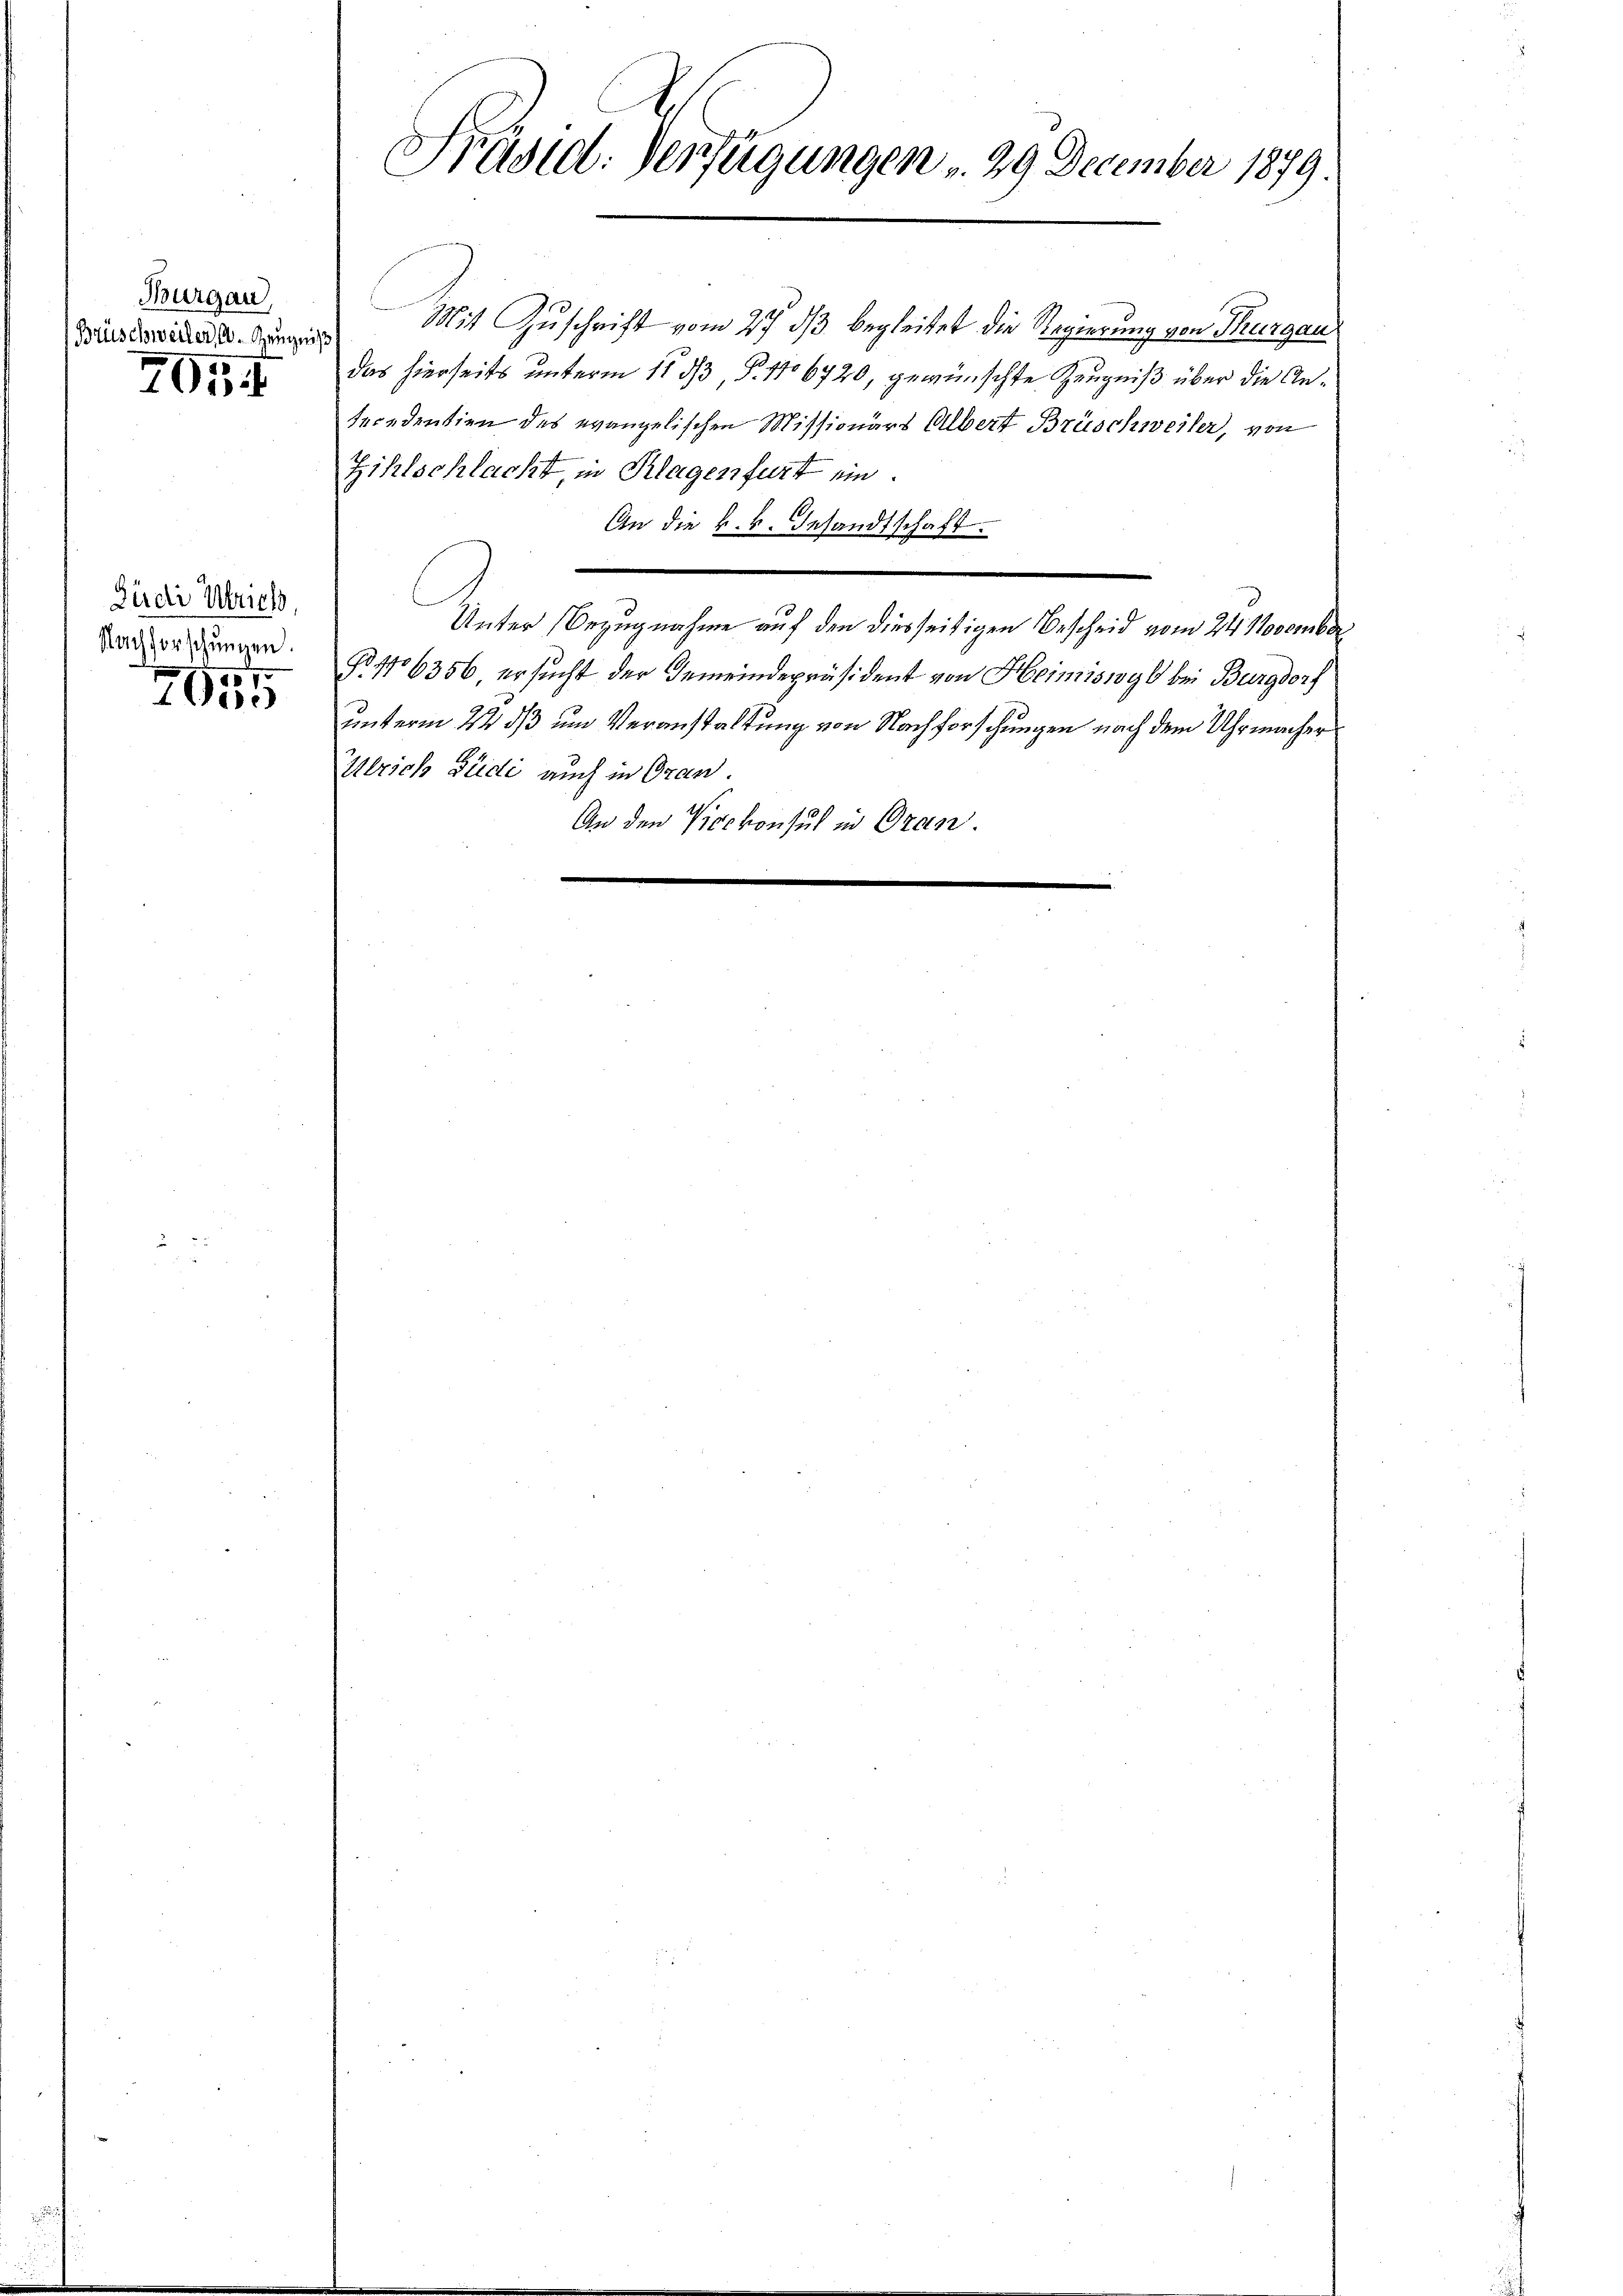
Thurgau,
Brüschweiler, A. Zeugnis
201

Büdi Ulrich
Nachforschungen.
57

7000

Präsid. Verfügungen . 29. December 1879.

Mit Zuschrift vom 27. ds begleitet die Regierung von Thurgau
das hierseits unterm 11. 33, P. 1706720, gewünschte Zeugniß über die Ansecedentien des evangelischen Missionärs Albert Brüschweiler, von
Zihlschlacht in Klagenfurt ein.
An die k. k. Gesandtschaft.
Unter Bezugnahme auf den diesseitigen Bescheid vom 24. November
No. 1706356, ersucht der Gemeindepräsident von Heimiswyl bei Burgdorf
unterm 22. ds um Veranstaltung von Nachforschungen nach dem Uhrmacher
Ulrich Südi auch in Oran.
.
An den 700 konsul in Oran